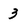
Character: 3